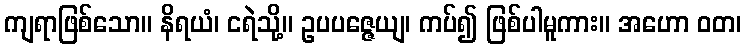
ကျရာဖြစ်သော။ နိရယံ၊ ငရဲသို့။ ဥပပဇ္ဇေယျ၊ ကပ်၍ ဖြစ်ပါမူကား။ အဟော ဝတ၊